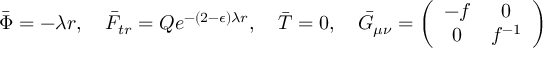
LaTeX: \bar { \Phi } = - \lambda r , ~ ~ ~ \bar { F } _ { t r } = Q e ^ { - ( 2 - \epsilon ) \lambda r } , ~ ~ ~ \bar { T } = 0 , ~ ~ ~ \bar { G } _ { \mu \nu } = \left( \begin{array} { c c } { { - f } } & { { 0 } } \\ { { 0 } } & { { f ^ { - 1 } } } \end{array} \right)